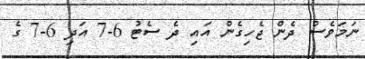
ނަމަވެސް ދެން ޖެހިގެން އައި ދެ ސެޓު 6-7 އަދި 6-7 ގެ